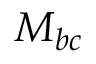
M _ { b c }